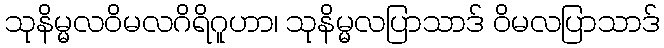
သုနိမ္မလဝိမလဂိရိဂူဟာ၊ သုနိမ္မလပြာသာဒ် ဝိမလပြာသာဒ်